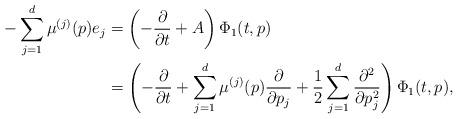
LaTeX: \begin{align*} -\sum_{j=1}^d \mu^{(j)}(p)e_j &= \left(-\frac{\partial}{\partial t}+A\right)\Phi_1(t, p) \\ &= \left(-\frac{\partial}{\partial t}+\sum^d_{j=1}\mu^{(j)}(p)\frac{\partial}{\partial p_j}+\frac{1}{2}\sum^d_{j=1}\frac{\partial^2}{\partial p_j^2}\right)\Phi_1(t, p),\end{align*}